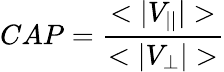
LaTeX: CAP=\frac{<|V_{||}|>}{<|V_{\bot}|>}